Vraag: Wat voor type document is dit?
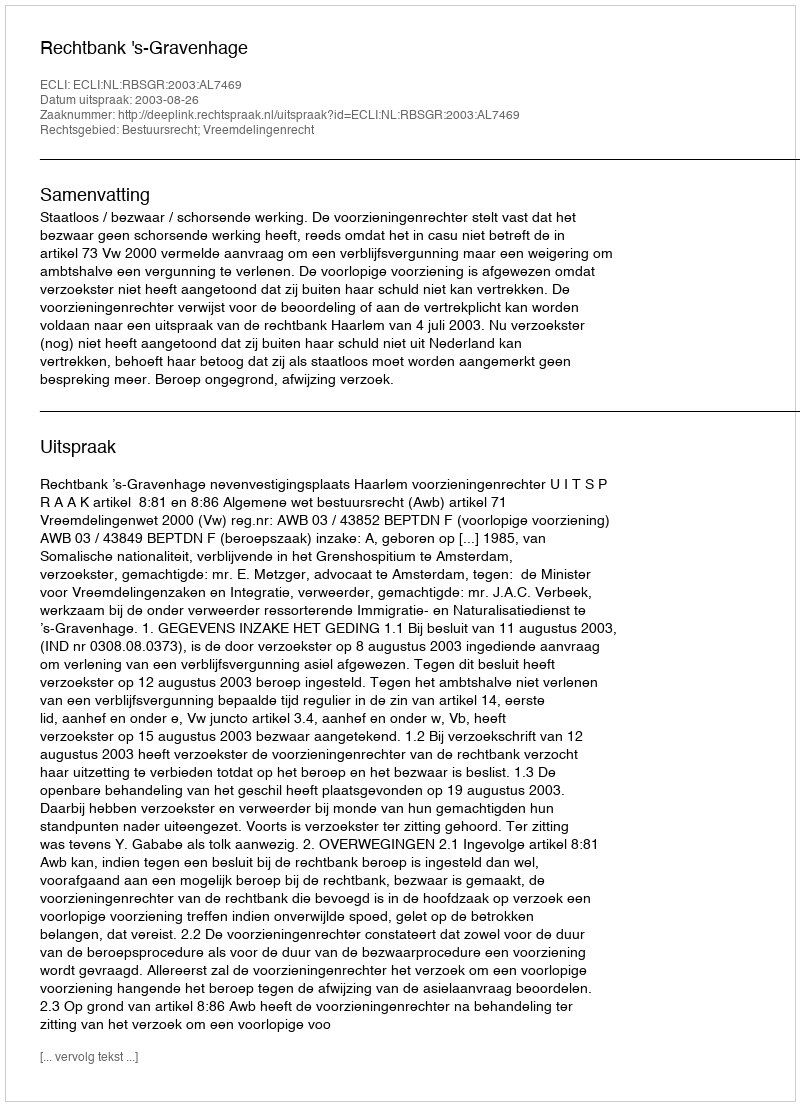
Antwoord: Uitspraak